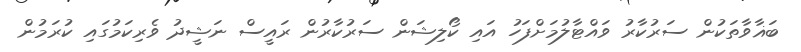
ބަޣާވާތަކުން ސަރުކާރު ވައްޓާލުމަށްފަހު އައި ކޯލިޝަން ސަރުކާރުން ރައީސް ނަޝީދު ވެރިކަމުގައި ކުރަމުން